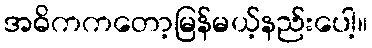
အဓိကကတော့မြန်မယ့်နည်းပေါ့။